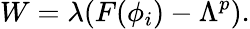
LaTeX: W=\lambda(F(\phi_{i})-\Lambda^{p}).